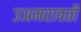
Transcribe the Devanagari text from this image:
उअमरावती